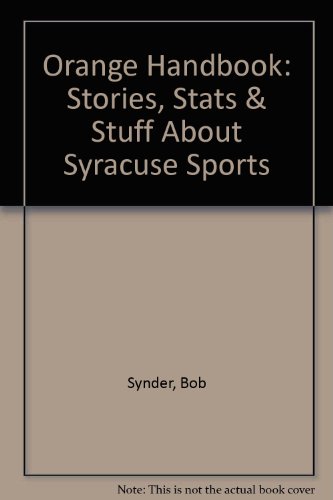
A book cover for Orange Handbook: Stories, Stats & Stuff About Syracuse Sports; Bob Synder; Sports & Outdoors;